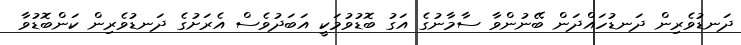
ދަނޑުވެރިން ދަނޑުހައްދަން ބޭނުންވާ ސާމާނުގެ އަގު ބޮޑުވުމަކީ އަބަދުވެސް އެރަށުގެ ދަނޑުވެރިން ކަންބޮޑުވާ